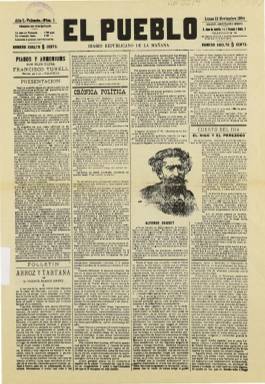
Título: El Pueblo (Valencia. 1894)
Colección: Periódicos
Ámbito geográfico: Valencia
Lugar de publicación: Valencia
Fechas: 12/11/1894-12/02/1939

Editado en Valencia con el subtítulo de Diario republicano de la mañana, este periódico fue fundado por el escritor Vicente Blasco Ibáñez y sirvió como plataforma de difusión de sus ideas y de su obra literaria. Así, en el primer número de 12 de noviembre de 1894, comenzó a publicarse en la primera página por entregas su novela Arroz y Tartana.

   En este primer número, El Pueblo mostraba su propósito de aunar a todas las fuerzas antimonárquicas y de tratar como hermano a todo aquel que se identificara como republicano. Pese a estos buenos deseos, Blasco Ibáñez acabó enfrentándose con quien había financiado la publicación y trabajado codo a codo con él a favor del republicanismo en Valencia, Rodrigo Soriano, divergencias que llegaron a lo personal en un duelo a pistola en el que ambos resultaron ilesos. Este último fundó entonces el periódico El Radical, también en Valencia, antes de fundar España nueva en Madrid.

   De cuatro páginas y compuesto a cuatro columnas, El Pueblo se vendía a la mitad de precio que el resto de la prensa valenciana y tuvo un marcado carácter político en una primera fase coincidiendo con la gestión de Blasco Ibáñez, quien escribió cerca de mil artículos, además de crónicas sin firma. A partir de 1908 en que Blasco Ibáñez se retira de la política y abandona su escaño de diputado para dedicarse de lleno a la literatura,  el periódico cambió su diseño dando más importancia a la imagen a la vez que prestaba más atención a noticias de carácter social e información no política, aunque manteniendo su ideario republicano.

   En 1929, tras la muerte del escritor, su hijo Sigfrido Blasco Ibáñez se hizo cargo del periódico, en unos años marcados por la censura de la dictadura de Primo de Rivera. Todo cambió a partir de la proclamación de la República. El 14 de abril de 1931, El Pueblo muestra su entusiasmo por el cambio de régimen con un expresivo titular a toda página que reza: ¡Señores viajeros, al tren! ¡Viva la República española!

    Durante el periodo de la II República fue uno de los periódicos más leídos de Valencia, llegando a alcanzar una difusión de 20.000 ejemplares como órgano del Partido de Unión Republicana Autonomista, formación política liderada por el hijo de Blasco Ibáñez y ligada al Partido Radical de Lerroux.

  La colección de la BNE incluye el primer número de 1894 y el del 14 de abril de 1931, así como los números a partir del 23 de febrero de 1937, en plena guerra civil, hasta el 12 de febrero de 1939, poco antes de que fuera incautado por la Falange al final de la guerra.

  Existen otras colecciones digitalizadas en la Hemeroteca municipal de Madrid, en la Biblioteca Virtual de Prensa Histórica y en la Biblioteca Valenciana Digital.

[Descripción publicada el 10/09/2018. Modificada el 09/01/2019]